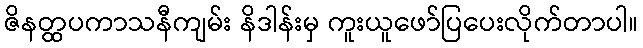
ဇိနတ္ထပကာသနီကျမ်း နိဒါန်းမှ ကူးယူဖော်ပြပေးလိုက်တာပါ။